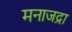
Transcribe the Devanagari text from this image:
मनाजद्रा